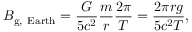
B _ { \mathrm { g , ~ E a r t h } } = { \frac { G } { 5 c ^ { 2 } } } { \frac { m } { r } } { \frac { 2 \pi } { T } } = { \frac { 2 \pi r g } { 5 c ^ { 2 } T } } ,